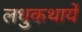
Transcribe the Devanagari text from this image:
लधुकथायें